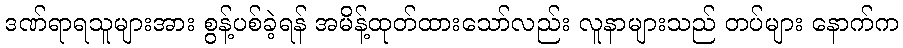
ဒဏ်ရာရသူများအား စွန့်ပစ်ခဲ့ရန် အမိန့်ထုတ်ထားသော်လည်း လူနာများသည် တပ်များ နောက်က